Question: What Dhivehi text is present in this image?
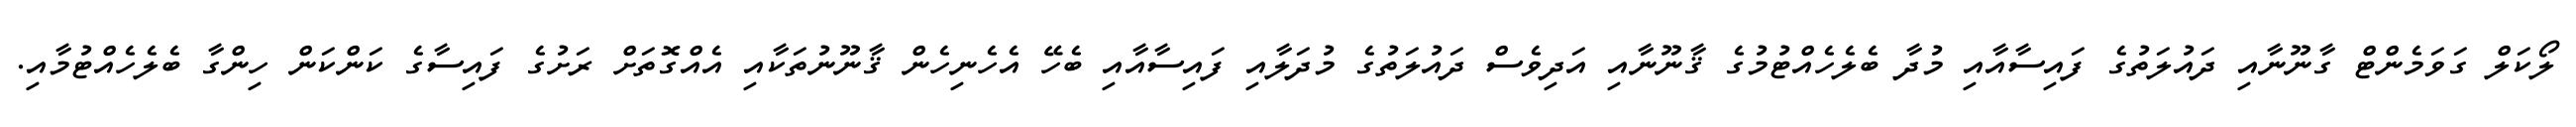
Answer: ލޯކަލް ގަވަމެންޓް ގާނޫނާއި ދައުލަތުގެ ފައިސާއާއި މުދާ ބެލެހެއްޓުމުގެ ޤާނޫނާއި އަދިވެސް ދައުލަތުގެ މުދަލާއި ފައިސާއާއި ބެހޭ އެހެނިހެން ޤާނޫނުތަކާއި އެއްގޮތަށް ރަށުގެ ފައިސާގެ ކަންކަން ހިންގާ ބެލެހެއްޓުމާއި.